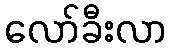
လော်ခီးလာ